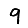
Digit: 9